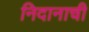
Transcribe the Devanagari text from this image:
निदानाची